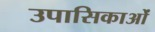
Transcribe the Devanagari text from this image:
उपासिकाओं